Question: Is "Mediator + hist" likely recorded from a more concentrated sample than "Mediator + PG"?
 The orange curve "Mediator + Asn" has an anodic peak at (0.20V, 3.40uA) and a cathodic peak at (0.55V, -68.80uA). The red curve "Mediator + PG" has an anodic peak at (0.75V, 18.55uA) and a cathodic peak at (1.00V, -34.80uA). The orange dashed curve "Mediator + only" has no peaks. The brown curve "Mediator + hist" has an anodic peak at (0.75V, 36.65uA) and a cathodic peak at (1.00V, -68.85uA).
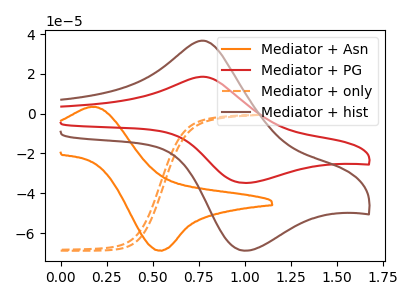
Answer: <think>All the peaks in "Mediator + hist" have a peak in "Mediator + PG" at the same potential. Every peak in "Mediator + hist" is higher than every peak in "Mediator + PG".
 </think>
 <answer>"Mediator + hist" has more signal than "Mediator + PG".</answer>
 <eval>more_signal</eval>